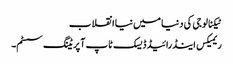
ٹیکنالوجی کی دنیا میں نیا انقلاب
ریمیکس اینڈرائیڈ ڈیسک ٹاپ آپریٹنگ سسٹم۔